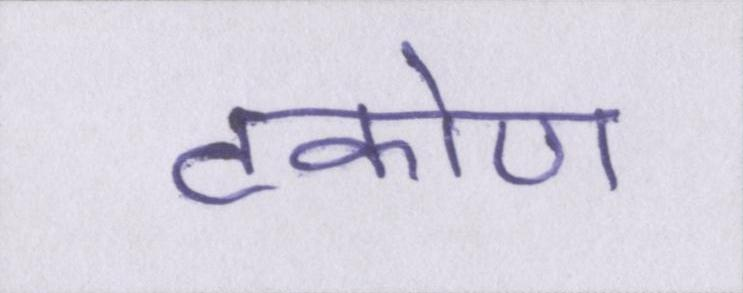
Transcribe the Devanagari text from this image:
टकोण